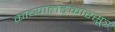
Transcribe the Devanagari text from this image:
काव्यालङ्कारसूत्र